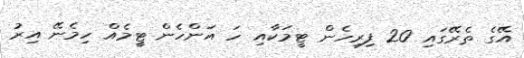
އޭގެ ތެރޭގައި 20 ފިރިހެން ޓީމަކާއި ހަ އަންހެން ޓީމެއް ހިމެނޭ އިރު